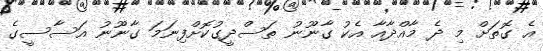
އެ ގޮތަށް މި ދެ މާއްދާއާ އެކު ގާނޫނު ތަސްދީގުކޮށްފިނަމަ ގާނޫނު އަސާސީގެ